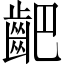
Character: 䶕